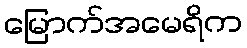
မြောက်အမေရိက